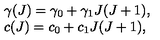
\begin{array} { l } { \gamma ( J ) = \gamma _ { 0 } + \gamma _ { 1 } J ( J + 1 ) , } \\ { c ( J ) = c _ { 0 } + c _ { 1 } J ( J + 1 ) , } \\ \end{array}